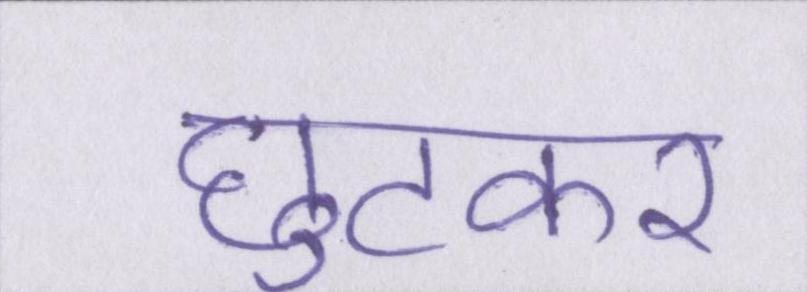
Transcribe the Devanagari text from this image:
छुटकर